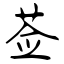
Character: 莶